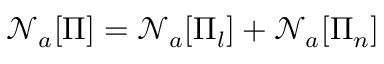
\mathcal { N } _ { a } [ \Pi ] = \mathcal { N } _ { a } [ \Pi _ { l } ] + \mathcal { N } _ { a } [ \Pi _ { n } ]